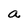
Character: a